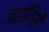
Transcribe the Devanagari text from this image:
जहाँगिरी